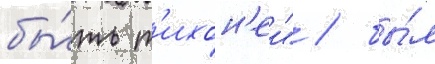
бы́ть т'ихон'еи" / бы́л